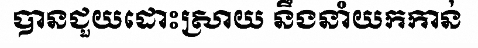
បានជួយដោះស្រាយ នឹងនាំយកកាន់